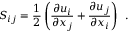
S _ { i j } = \frac { 1 } { 2 } \left( \frac { \partial u _ { i } } { \partial x _ { j } } + \frac { \partial u _ { j } } { \partial x _ { i } } \right) \, \mathrm { ~ . ~ }